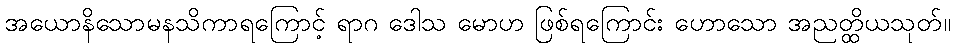
အယောနိသောမနသိကာရကြောင့် ရာဂ ဒေါသ မောဟ ဖြစ်ရကြောင်း ဟောသော အညတ္ထိယသုတ်။